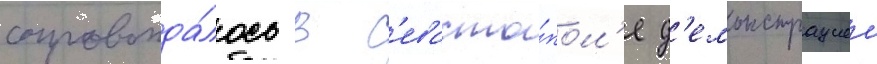
сопровожда́лось в с'евасто́пол'е д'емонстрациеи